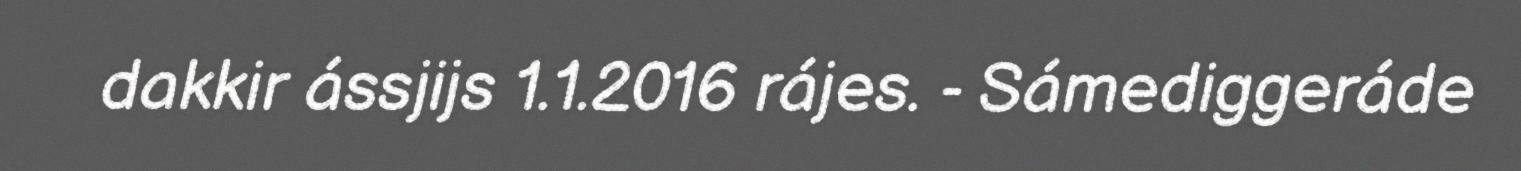
dakkir ássjijs 1.1.2016 rájes. - Sámediggeráde